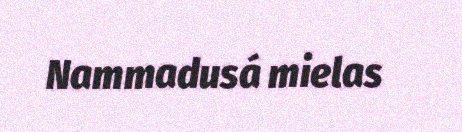
Nammadusá mielas